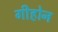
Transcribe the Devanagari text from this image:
गीहोन